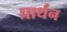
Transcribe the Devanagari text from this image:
प्रार्थन